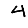
Digit: 4